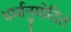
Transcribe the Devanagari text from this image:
धर्मानुमोदित